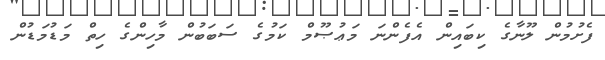
ފެށުމުން ލޫނާގެ ކިބައިން އެފެންނަ މަޢުޞޫމް ކަމުގެ ސަބަބުން މާހިންގެ ހިތް މަޑުމަޑުން